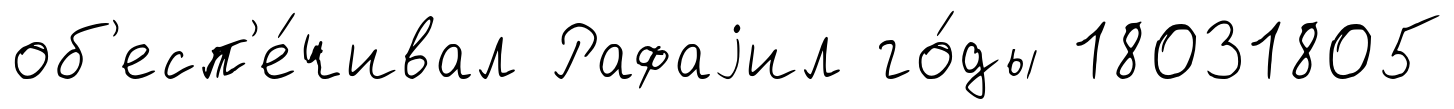
об'есп'е́чивал Рафаjил го́ды 18031805